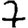
Digit: 7